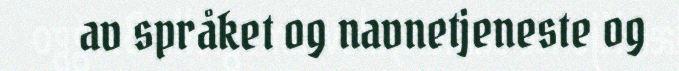
av språket og navnetjeneste og